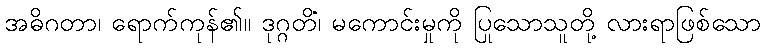
အဓိဂတာ၊ ရောက်ကုန်၏။ ဒုဂ္ဂတိံ၊ မကောင်းမှုကို ပြုသောသူတို့ လားရာဖြစ်သော